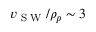
v _ { \textrm { S W } } / \rho _ { p } \sim 3